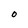
Character: O